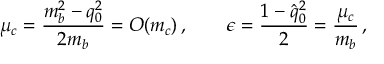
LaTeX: \mu _ { c } = \frac { m _ { b } ^ { 2 } - q _ { 0 } ^ { 2 } } { 2 m _ { b } } = O ( m _ { c } ) \, , \qquad \epsilon = \frac { 1 - \hat { q } _ { 0 } ^ { 2 } } { 2 } = \frac { \mu _ { c } } { m _ { b } } \, ,